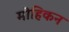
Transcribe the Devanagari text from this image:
मोहिकन